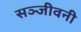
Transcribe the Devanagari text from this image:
सञ्जीवनी